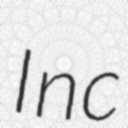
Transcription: Inc